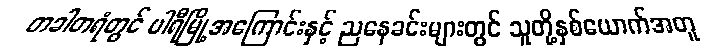
တခါတရံတွင် ပါရီမြို့အကြောင်းနှင့် ညနေခင်းများတွင် သူတို့နှစ်ယောက်အတူ